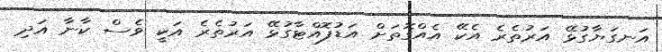
އަނގަޔާގުޅޭ އަރުތެރެ އެކޭ އެއްގޮތަށް އަޑުފޮއްޓާގުޅޭ އަރުތެރެ އަކީ ވެސް ކާނާ އަދި